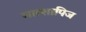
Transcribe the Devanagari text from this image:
मात्शापिज